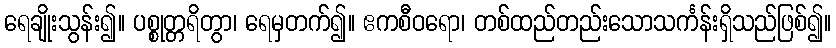
ရေချိုးသွန်း၍။ ပစ္စုတ္တရိတွာ၊ ရေမှတက်၍။ ဧကစီဝရော၊ တစ်ထည်တည်းသောသင်္ကန်းရှိသည်ဖြစ်၍။